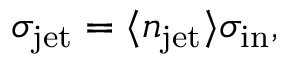
\sigma _ { \mathrm { j e t } } = \langle n _ { \mathrm { j e t } } \rangle \sigma _ { \mathrm { i n } } ,